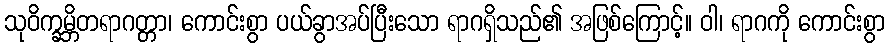
သုဝိက္ခမ္ဘိတရာဂတ္တာ၊ ကောင်းစွာ ပယ်ခွာအပ်ပြီးသော ရာဂရှိသည်၏ အဖြစ်ကြောင့်။ ဝါ၊ ရာဂကို ကောင်းစွာ